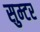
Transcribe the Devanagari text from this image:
सुम्टर